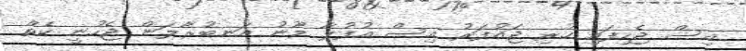
އިސް ޖެހިފައި ހުރި ޖައުފަރު އިސް އުފުލާ މޫނު އަނބުރާލަން ޖެހުނީ ކެތް